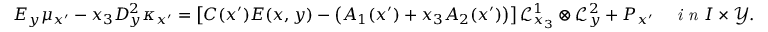
E _ { y } \mu _ { x ^ { \prime } } - x _ { 3 } D _ { y } ^ { 2 } \kappa _ { x ^ { \prime } } = \left[ C ( x ^ { \prime } ) E ( x , y ) - \left( A _ { 1 } ( x ^ { \prime } ) + x _ { 3 } A _ { 2 } ( x ^ { \prime } ) \right) \right] \mathcal { L } _ { x _ { 3 } } ^ { 1 } \otimes \mathcal { L } _ { y } ^ { 2 } + P _ { x ^ { \prime } } \quad \textit { i n } I \times \mathcal { Y } .